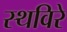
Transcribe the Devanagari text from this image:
स्थविरे